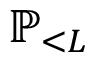
\ensuremath { \mathbb { P } } _ { < L }